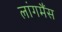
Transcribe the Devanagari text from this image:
लांगमैंस